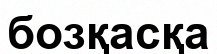
бозқасқа